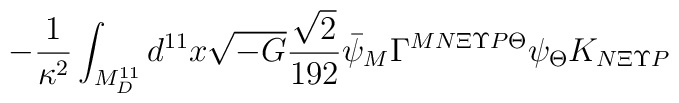
-\frac{1}{\kappa^2} \int_{M^{11}_D} d^{11} x \sqrt{-G} \frac{\sqrt{2}}{192} \bar{\psi}_M \Gamma^{MN\Xi\Upsilon P \Theta} \psi_\Theta K_{N\Xi\Upsilon P}